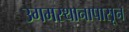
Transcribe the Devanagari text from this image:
उगमस्थानापासून